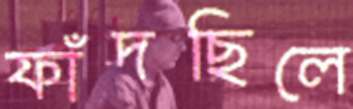
ফাঁদছিলে